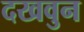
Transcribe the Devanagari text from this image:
दखवुन